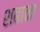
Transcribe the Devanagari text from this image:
शबान